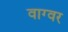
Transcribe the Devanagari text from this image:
वाग्वर